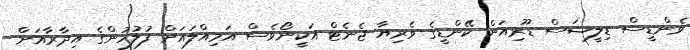
ވެންޑީސް ޑިލީޝަސް ޑޫރިއަން ކޭންޑީގެ ވެރިޔާ ޖެނެޓް އަކީނޯވެސް އަމިއްލައަށް ފުލުހުންގެ އިދާރާއަށް